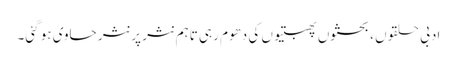
ادبی حلقوں ، بحثوں پھبتیوں کی دھوم رہی تاہم نثر پر نثر حاوی ہو گئی۔